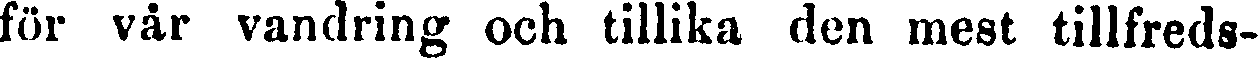
för vår vandring och tillika den mest tillfreds-